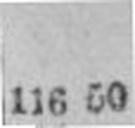
116 50